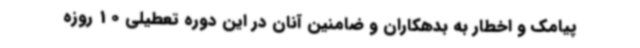
پیامک و اخطار به بدهکاران و ضامنین آنان در این دوره تعطیلی 10 روزه